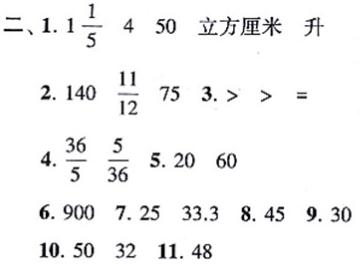
二、1. $1\frac{1}{5}$  4  50  立方厘米  升
2. 140  $\frac{11}{12}$  75  3. $>$  $>$  $=$
4. $\frac{36}{5}$  $\frac{5}{36}$  5. 20  60
6. 900  7. 25  33.3  8. 45  9. 30
10. 50  32  11. 48